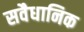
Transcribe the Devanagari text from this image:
सवैधानिक